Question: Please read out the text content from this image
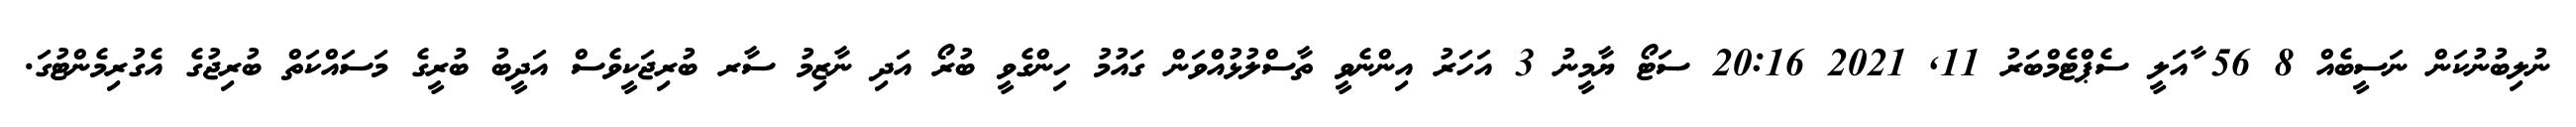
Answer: ނުލިބުނުކަން ނަސީބެއް 8 56 ާއަލީ ސެޕްޓެމްބަރު 11, 2021 20:16 ސަޓޯ ޔާމީނު 3 އަހަރު އިންނެވީ ތާސްލުޅުއްވަން ގައުމު ހިންގެވީ ބުރޯ އަދި ނާޒިމު ސާރ ބުރިޖަކީވެސް އަދީބު ބުރީގެ މަސައްކަތް ބުރިޖުގެ އެގުރިމެންޓުގަ.